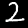
Digit: 2